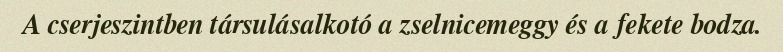
A cserjeszintben társulásalkotó a zselnicemeggy és a fekete bodza.